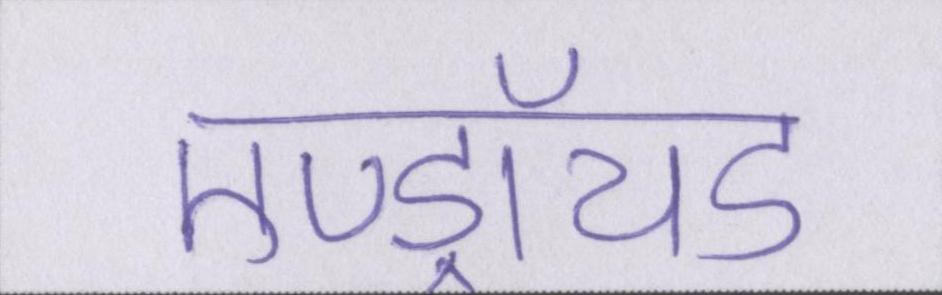
एण्ड्रॉयड